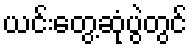
ယင်းတွေ့ဆုံပွဲတွင်